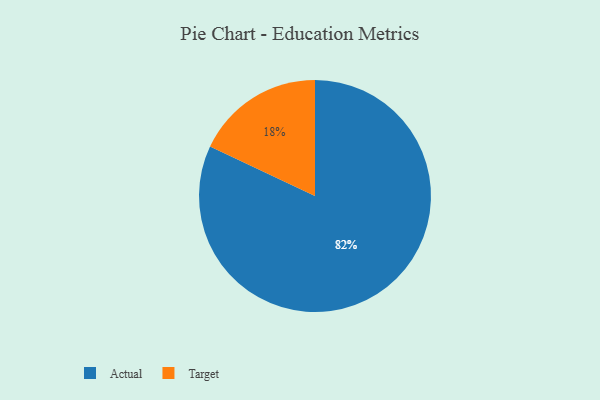
{"axis": {"x": "Category", "y": "Percentage"}, "legend": ["Actual", "Target"], "data": [{"x": "Target", "y": 18, "type": "Target"}, {"x": "Actual", "y": 82, "type": "Actual"}]}